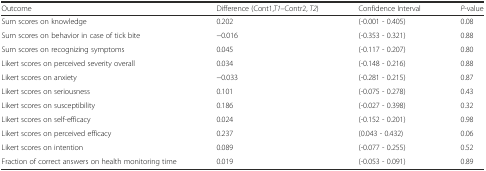
| Outcome | Difference (Cont1,T1–Contr2, T2) | Confidence Interval | P-value |
 | --- | --- | --- | --- |
 | Sum scores on knowledge | 0.202 | (-0.001 - 0.405) | 0.08 |
 | Sum scores on behavior in case of tick bite | −0.016 | (-0.353 - 0.321) | 0.88 |
 | Sum scores on recognizing symptoms | 0.045 | (-0.117 - 0.207) | 0.80 |
 | Likert scores on perceived severity overall | 0.034 | (-0.148 - 0.216) | 0.88 |
 | Likert scores on anxiety | −0.033 | (-0.281 - 0.215) | 0.87 |
 | Likert scores on seriousness | 0.101 | (-0.075 - 0.278) | 0.43 |
 | Likert scores on susceptibility | 0.186 | (-0.027 - 0.398) | 0.32 |
 | Likert scores on self-efficacy | 0.024 | (-0.152 - 0.201) | 0.98 |
 | Likert scores on perceived efficacy | 0.237 | (0.043 - 0.432) | 0.06 |
 | Likert scores on intention | 0.089 | (-0.077 - 0.255) | 0.52 |
 | Fraction of correct answers on health monitoring time | 0.019 | (-0.053 - 0.091) | 0.89 |